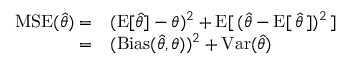
{ \begin{array} { r l } { \operatorname { M S E } ( { \hat { \theta } } ) = } & { ( \operatorname { E } [ { \hat { \theta } } ] - \theta ) ^ { 2 } + \operatorname { E } [ \, ( { \hat { \theta } } - \operatorname { E } [ \, { \hat { \theta } } \, ] ) ^ { 2 } \, ] } \\ { = } & { ( \operatorname { B i a s } ( { \hat { \theta } } , \theta ) ) ^ { 2 } + \operatorname { V a r } ( { \hat { \theta } } ) } \end{array} }